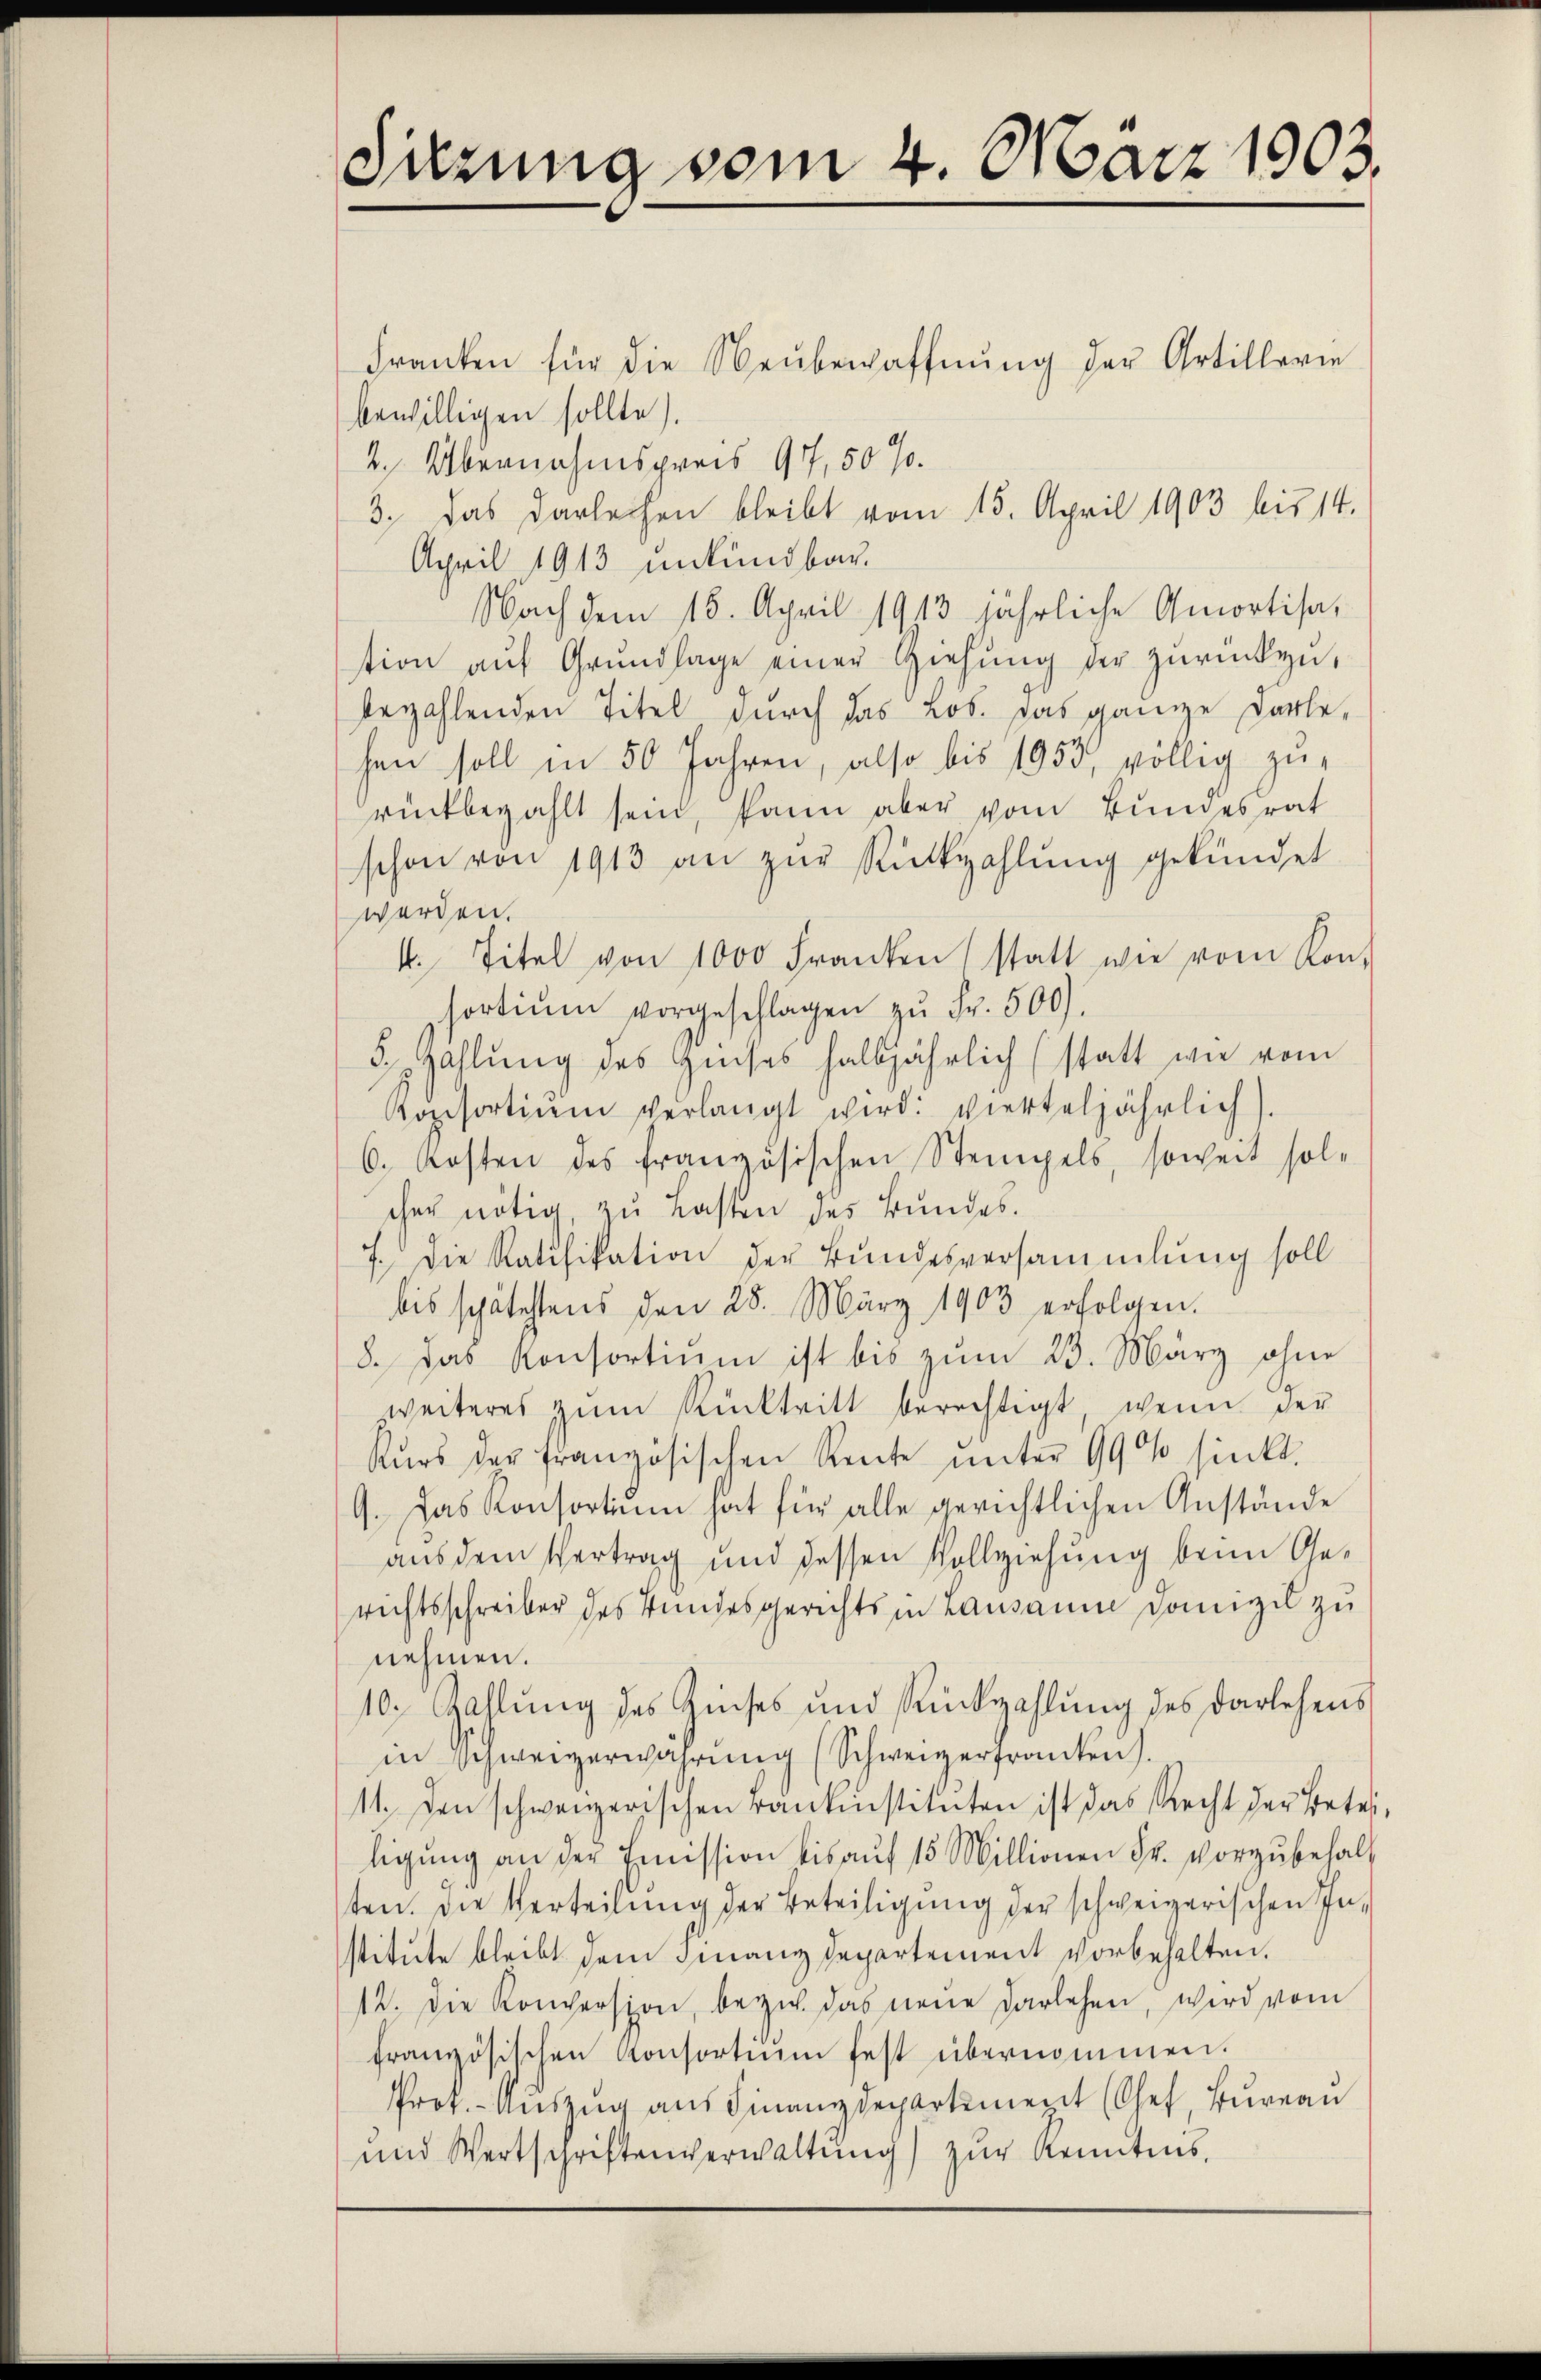
Sitzung vom 4. März 1903.

Franken für die Neubewaffnung der Artillerie
bewilligen sollte).
2. Übernahmspreis 97, 50 %.
3. Das Darleihen bleibt vom 15. April 1903 bis 14.
April 1913 unkündbar.
Nach dem 16. April 1913 jährliche Amortisa,
tion aŭf Grundlage einer Ziehŭng der zurückzubezahlenden Titel durch das Lob. Das ganze Darle,
hen soll in 50 Jahren, also bis 1953, völlig zurückbezahlt sein, kann aber vom Bundesrat
schon von 1913 an zŭr Rückzahlung gekündet
werden.
4. Titel von 1000 Franken statt wie vom Kon-
sortium vorgeschlagen zŭ Fr. 500.
3 Zahlung des Zinses halbjährlich (statt wie vom
Rozisortium verlangt wird: vierteljährlich
6. Kosten des französischen Stempels, soweit sol-
scher nötig, zu Lasten des Bundes.
7. Die Ratifikation der Bundesversammlung soll
bis spätestens den 28. März 1903 erfolgen.
8. Das Konsortium ist bis zŭm 23. März ohne
weiteres zum Rücktritt berechtigt, wenn der
Kŭrs der französischen Rente unter 99% sinkt.
9. Das Konsortium hat für alle gerichtlichen Anstände
aus dem Vertrag und dessen Vollziehung beim Gerichtsschreiber des Bundesgerichts in Lausann Domizil zu
nehmen.
10. Zahlung des Zinses und Rückzahlung des Darlehens
in Schweizerwahrung (Schweizerfranken.
11. den schweizerischen Bankinstituten ist das Recht der Beteiligŭng an der Emission bis aŭf 15 Millionen Fr. vorzŭbehalt
ten. Die Verteilung der Beteiligung der schweizerischen Pastitute bleibt dem Finanzdepartement vorbehalten.
12. Die Konversion, beym das neue Darlehen, wird vom
französischen Konsortium fest übernommen.
Prok. - Auszug aus Finanzdepartement (Chef, Bureau
und Wertschriftenverwaltung) zur Kenntnis,